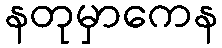
နတုမှာကေန